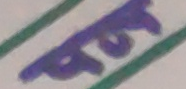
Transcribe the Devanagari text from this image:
पटि